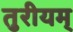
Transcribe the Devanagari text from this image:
तुरीयम्